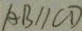
A B / / C D